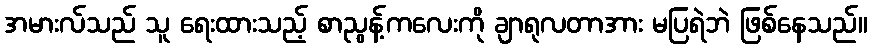
အမားလ်သည် သူ ရေးထားသည့် စာညွန့်ကလေးကို ချာရုလတာအား မပြရဲဘဲ ဖြစ်နေသည်။